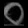
Digit: ၀